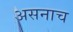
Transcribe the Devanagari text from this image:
असनाच